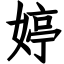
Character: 婷